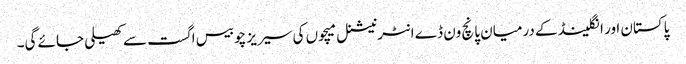
پاکستان اور انگلینڈ کے درمیان پانچ ون ڈے انٹرنیشنل میچوں کی سیریز چوبیس اگست سے کھیلی جائے گی۔